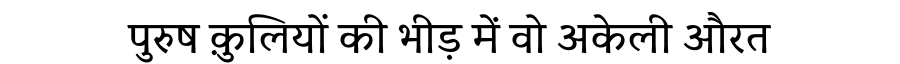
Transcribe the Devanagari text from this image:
पुरुष क़ुलियों की भीड़ में वो अकेली औरत